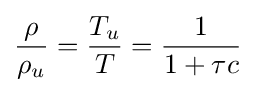
{\frac {\rho }{\rho _{u}}}={\frac {T_{u}}{T}}={\frac {1}{1+\tau c}}